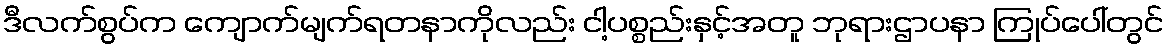
ဒီလက်စွပ်က ကျောက်မျက်ရတနာကိုလည်း ငါ့ပစ္စည်းနှင့်အတူ ဘုရားဌာပနာ ကြုပ်ပေါ်တွင်